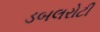
ડબલરોટી